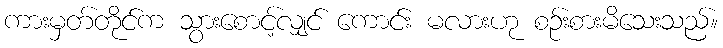
ကားမှတ်တိုင်က သွားစောင့်လျှင် ကောင်း မလားဟု စဉ်းစားမိသေးသည်။